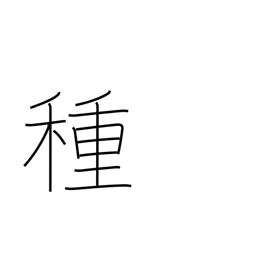
Meaning: seed